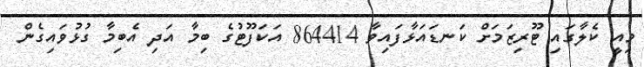
މިއީ ކެލާގައި ޓޫރިޒަމަށް ކަނޑައަޅާފައިވާ 864414 އަކަފޫޓުގެ ބިމާ އަދި އެބިމާ ގުޅުވައިގެން